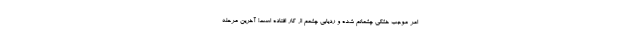
امر موجب خشکی چشمانم شده و ردیابی چشمم از کار افتاده است! آخرین مرحله